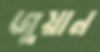
জুয়ান